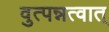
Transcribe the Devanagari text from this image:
वुत्पन्नत्वात्